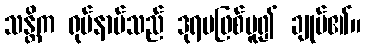
သန္တိက ရုပ်နာမ်သည် ဒုရမဖြစ်မူ၍ ချုပ်၏။